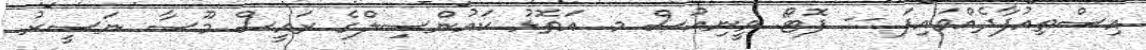
އިސްތިއުފާދެއްވައިފަ -- ފޮޓޯ: ވީނިއުސް މ. އަތޮޅު ކައުންސިލްގެ ރައީސް މޫސާ ނަސީރު